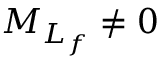
{ M } _ { { L } _ { f } } \ne 0